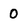
Character: 0